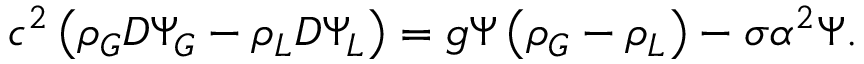
c ^ { 2 } \left( \rho _ { G } D \Psi _ { G } - \rho _ { L } D \Psi _ { L } \right) = g \Psi \left( \rho _ { G } - \rho _ { L } \right) - \sigma \alpha ^ { 2 } \Psi .